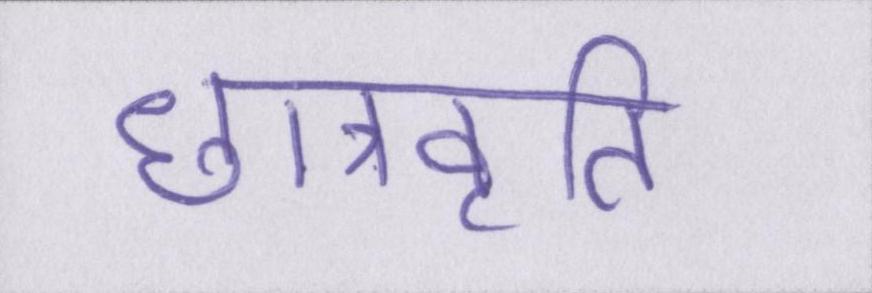
छात्रवृति